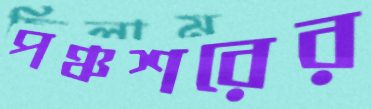
পঞ্চশরের